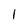
Character: I